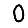
Digit: 0